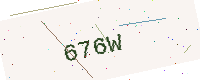
Text: 676W